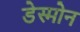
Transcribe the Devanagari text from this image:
डेस्मोन